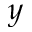
y